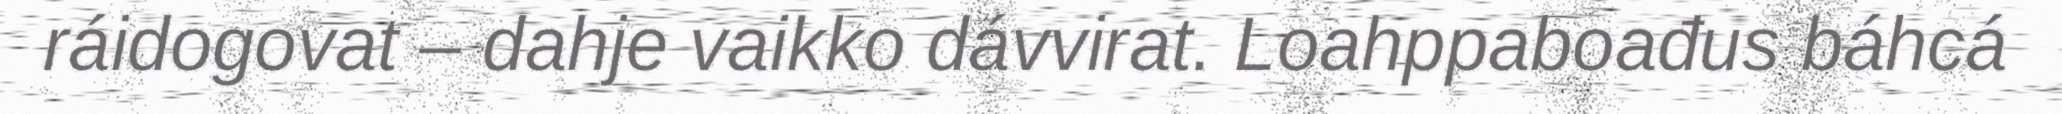
ráidogovat – dahje vaikko dávvirat. Loahppaboađus báhcá